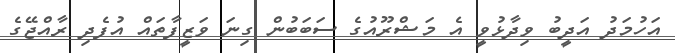
އަހުމަދު އަދީބު ވިދާޅުވީ އެ މަޝްރޫއުގެ ސަަަބަބުން ގިނަ ވަޒީފާތައް އުފެދި ރާއްޖޭގެ